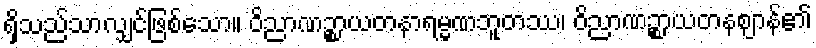
ရှိသည်သာလျှင်ဖြစ်သော။ ဝိညာဏဉ္စာယတနာရမ္မဏဘူတဿ၊ ဝိညာဏဉ္စာယတနဈာန်၏